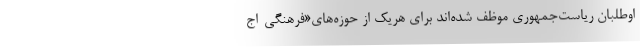
اوطلبان ریاست‌جمهوری موظف شده‌اند برای هریک از حوزه‌های«فرهنگی-اج